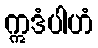
ဣဒံပါဟံ